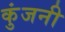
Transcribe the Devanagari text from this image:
कुंजनी